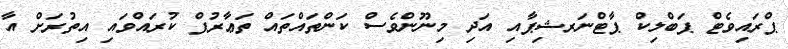
ޕްރައިވެޓް ޕަބްލިކް ޕާޓްނަރޝިޕާއި އަދި މިނޫންވެސް ކަންތައްތައް ތަޢާރުފް ކުރައްވައި އިތުރަށް އާ